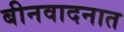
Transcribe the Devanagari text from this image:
बीनवादनात